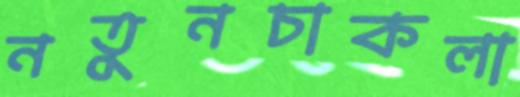
নতুনচাকলা